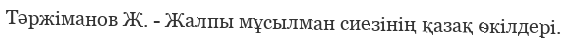
Тәржіманов Ж. - Жалпы мұсылман сиезінің қазақ өкілдері.